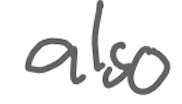
Text: also
Cross-out: clean
Writing tool: digital_gray